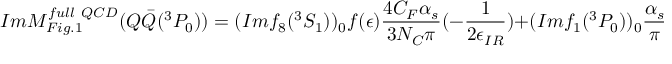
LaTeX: I m { \cal M } _ { F i g . 1 } ^ { f u l l ~ Q C D } ( Q \bar { Q } ( ^ { 3 } P _ { 0 } ) ) = ( I m f _ { 8 } ( ^ { 3 } S _ { 1 } ) ) _ { 0 } f ( \epsilon ) \frac { 4 C _ { F } \alpha _ { s } } { 3 N _ { C } \pi } ( - \frac { 1 } { 2 \epsilon _ { I R } } ) + ( I m f _ { 1 } ( ^ { 3 } P _ { 0 } ) ) _ { 0 } \frac { \alpha _ { s } } { \pi } ( - \frac { 5 8 n _ { f } } { 8 1 } - \sum _ { i } \frac { 2 } { 3 } l n \frac { m _ { i } } { 2 m } ) ,